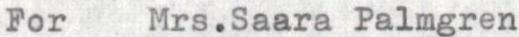
For Mrs.Saara Palmgren